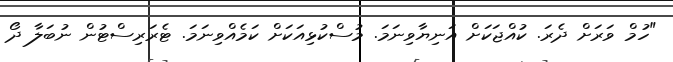
"ހުމް ވަރަށް ދެރަ. ކުއްޖަކަށް އަނިޔާވިނަމަ. މުސްކުޅިއަކަށް ކަމެއްވިނަމަ. ޓެރަރިސްޓުން ނުބަލާ ދޯ